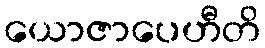
ယောဇာပေဟီတိ